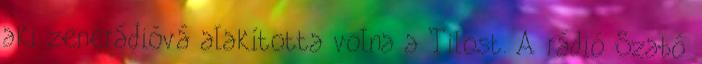
aki zenerádióvá alakította volna a Tilost. A rádió Szabó